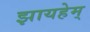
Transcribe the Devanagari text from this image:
झायहेम्